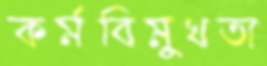
কর্মবিমুখতা